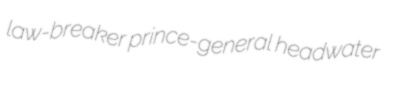
law-breaker prince-general headwater